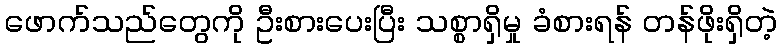
ဖောက်သည်တွေကို ဦးစားပေးပြီး သစ္စာရှိမှု ခံစားရန် တန်ဖိုးရှိတဲ့